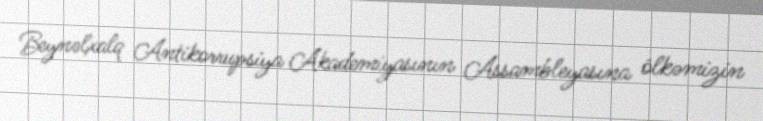
Beynəlxalq Antikorrupsiya Akademiyasının Assambleyasına ölkəmizin